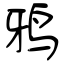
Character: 鸦